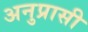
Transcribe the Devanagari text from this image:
अनुप्रासी